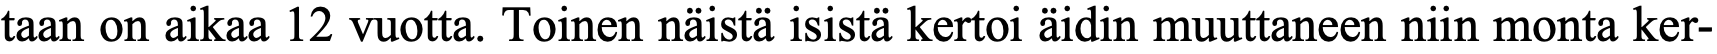
taan on aikaa 12 vuotta. Toinen näistä isistä kertoi äidin muuttaneen niin monta ker-